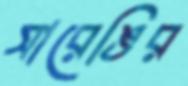
সারেঙির